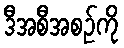
ဒီအစီအစဉ်ကို